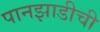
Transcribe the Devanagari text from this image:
पानझाडीची